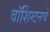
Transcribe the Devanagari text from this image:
वॉशिंग्टनचे